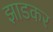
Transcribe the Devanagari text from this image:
झाडकर